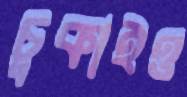
চুকাইও